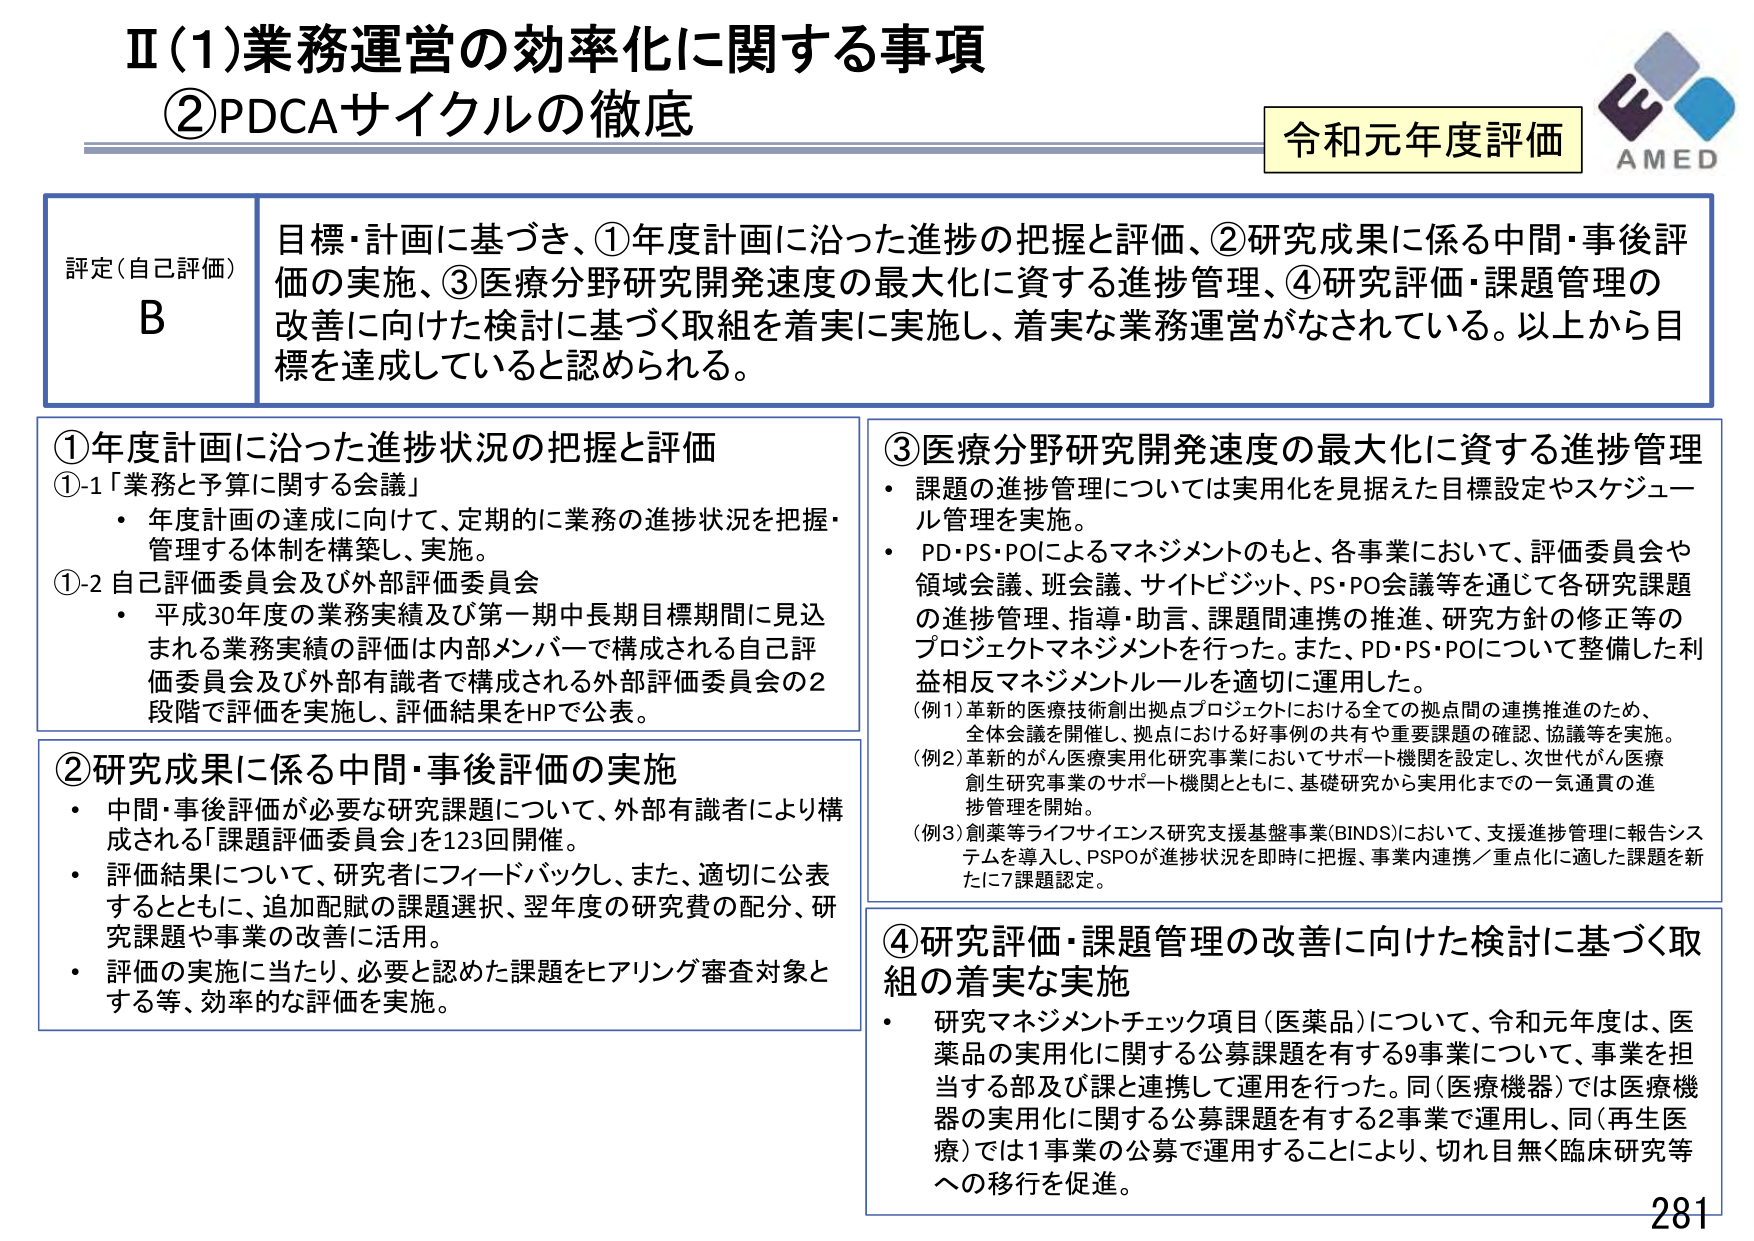
Ⅱ(1)業務運営の効率化に関する事項
②PDCAサイクルの徹底

令和元年度評価
AMED

評定（自己評価）
B

目標・計画に基づき、①年度計画に沿った進捗の把握と評価、②研究成果に係る中間・事後評価の実施、③医療分野研究開発速度の最大化に資する進捗管理、④研究評価・課題管理の改善に向けた検討に基づく取組を着実に実施し、着実な業務運営がなされている。以上から目標を達成していると認められる。

①年度計画に沿った進捗状況の把握と評価
①-1「業務と予算に関する会議」
・年度計画の達成に向けて、定期的に業務の進捗状況を把握・管理する体制を構築し、実施。
①-2 自己評価委員会及び外部評価委員会
・平成30年度の業務実績及び第一期中長期目標期間に見込まれる業務実績の評価は内部メンバーで構成される自己評価委員会及び外部有識者で構成される外部評価委員会の2段階で評価を実施し、評価結果をHPで公表。

②研究成果に係る中間・事後評価の実施
・中間・事後評価が必要な研究課題について、外部有識者により構成される「課題評価委員会」を123回開催。
・評価結果について、研究者にフィードバックし、また、適切に公表するとともに、追加配賦の課題選択、翌年度の研究費の配分、研究課題や事業の改善に活用。
・評価の実施に当たり、必要と認めた課題をヒアリング審査対象とする等、効率的な評価を実施。

③医療分野研究開発速度の最大化に資する進捗管理
・課題の進捗管理については実用化を見据えた目標設定やスケジュール管理を実施。
・PD・PS・POによるマネジメントのもと、各事業において、評価委員会や領域会議、班会議、サイトビジット、PS・PO会議等を通じて各研究課題の進捗管理、指導・助言、課題間連携の推進、研究方針の修正等のプロジェクトマネジメントを行った。また、PD・PS・POについて整備した利益相反マネジメントルールを適切に運用した。
（例1）革新的医療技術創出拠点プロジェクトにおける全ての拠点間の連携推進のため、全体会議を開催し、拠点における好事例の共有や重要課題の確認、協議等を実施。
（例2）革新的がん医療実用化研究事業においてサポート機関を設定し、次世代がん医療創生研究事業のサポート機関とともに、基礎研究から実用化までの一気通貫の進捗管理を開始。
（例3）創薬等ライフサイエンス研究支援基盤事業（BINDS）において、支援進捗管理に報告システムを導入し、PSPOが進捗状況を即時に把握、事業内連携／重点化に適した課題を新たに7課題認定。

④研究評価・課題管理の改善に向けた検討に基づく取組の着実な実施
・研究マネジメントチェック項目（医薬品）について、令和元年度は、医薬品の実用化に関する公募課題を有する9事業について、事業を担当する部及び課と連携して運用を行った。同（医療機器）では医療機器の実用化に関する公募課題を有する2事業で運用し、同（再生医療）では1事業の公募で運用することにより、切れ目無く臨床研究等への移行を促進。

281